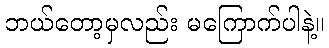
ဘယ်တော့မှလည်း မကြောက်ပါနဲ့။